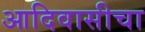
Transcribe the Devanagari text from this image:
आदिवासीचा